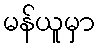
မန်ယူမှာ